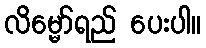
လိမ္မော်ရည် ပေးပါ။